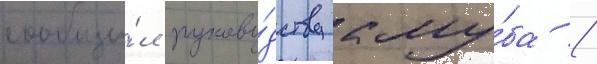
сообщи́л руково́дству клу́ба /